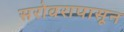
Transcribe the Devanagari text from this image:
सरोवरापासून